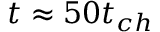
t \approx 5 0 t _ { c h }